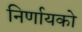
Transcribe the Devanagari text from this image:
निर्णायको